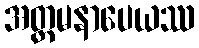
အတ္တမနာပေယဿ